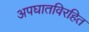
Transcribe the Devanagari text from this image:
अपघातविरहित